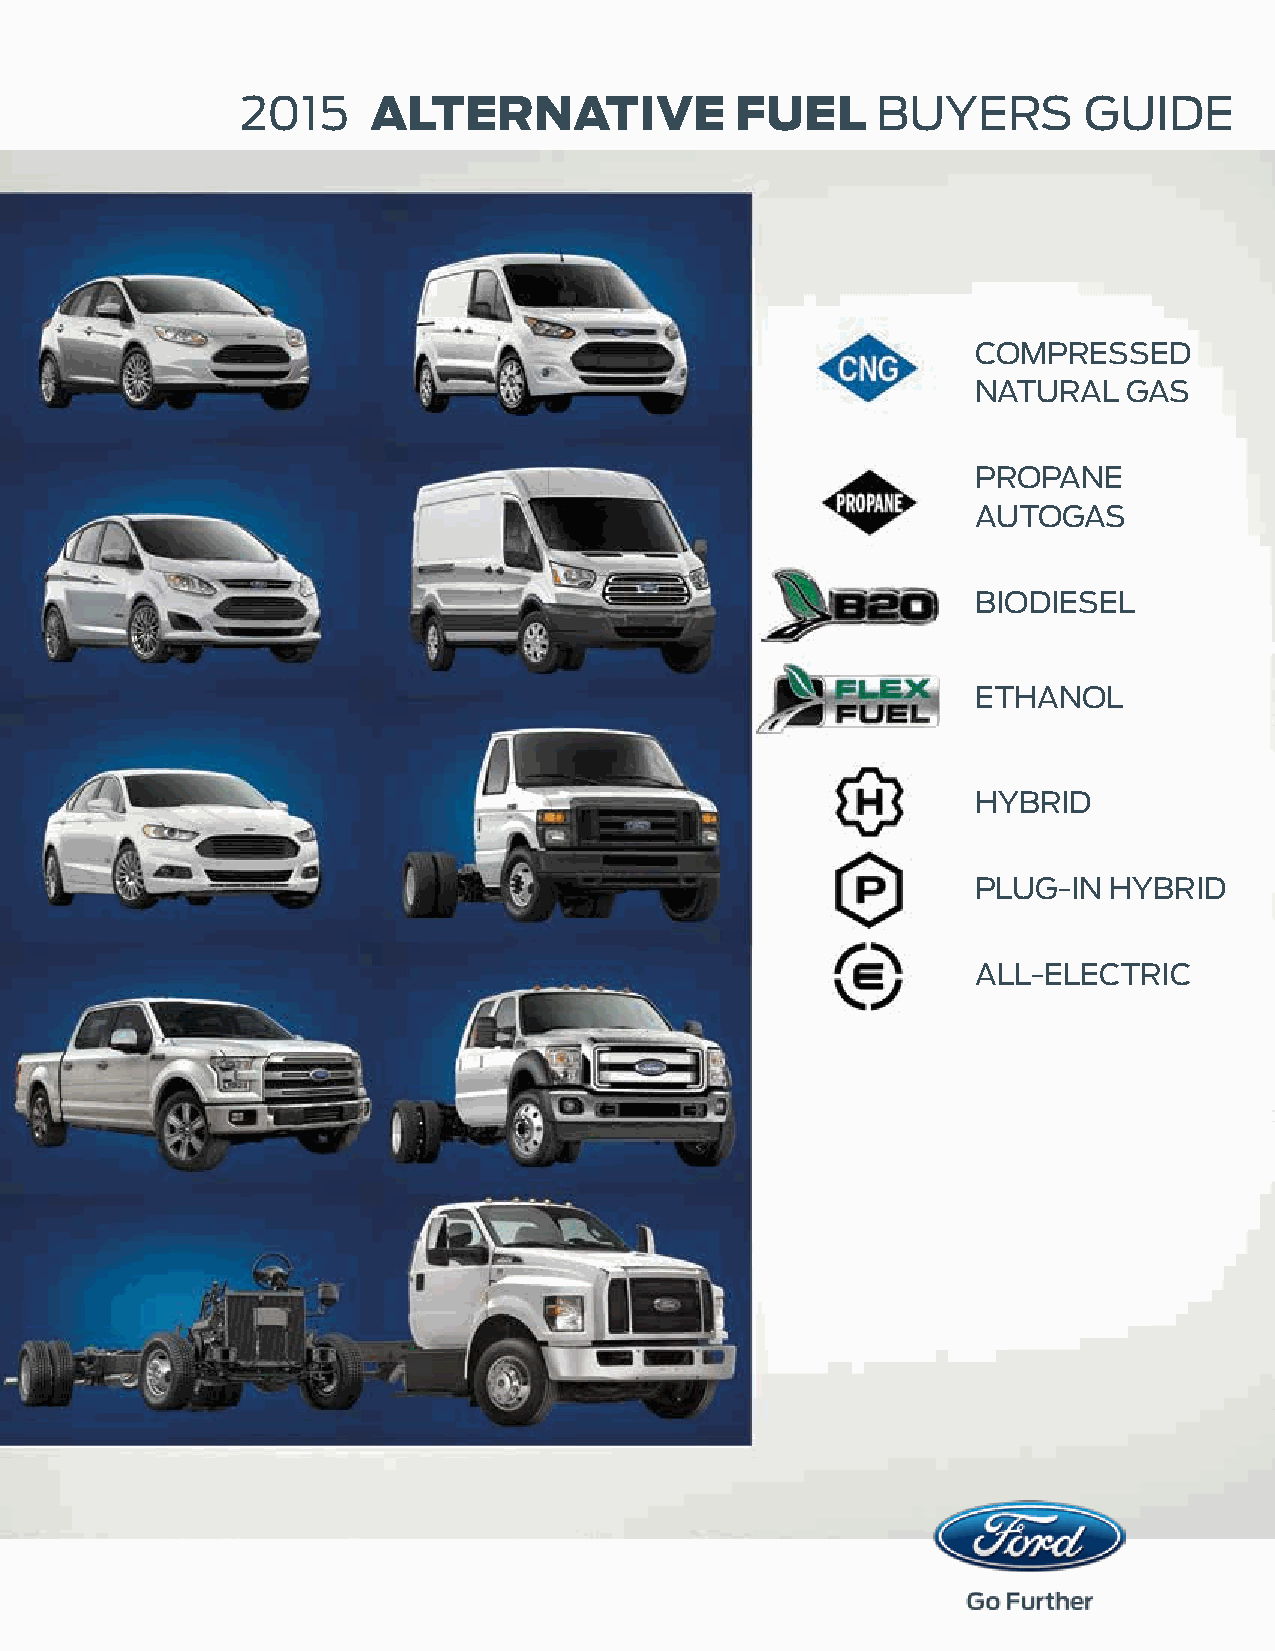
2015     ALTERNATIVE             FUEL     BUYERS        GUIDE
 COMPRESSED
 NATURAL   GAS
 PROPANE
 AUTOGAS
 BIODIESEL
 ETHANOL
 HYBRID
 PLUG-IN HYBRID
 ALL-ELECTRIC